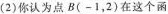
(2)你认为点B(-1，2)在这个函